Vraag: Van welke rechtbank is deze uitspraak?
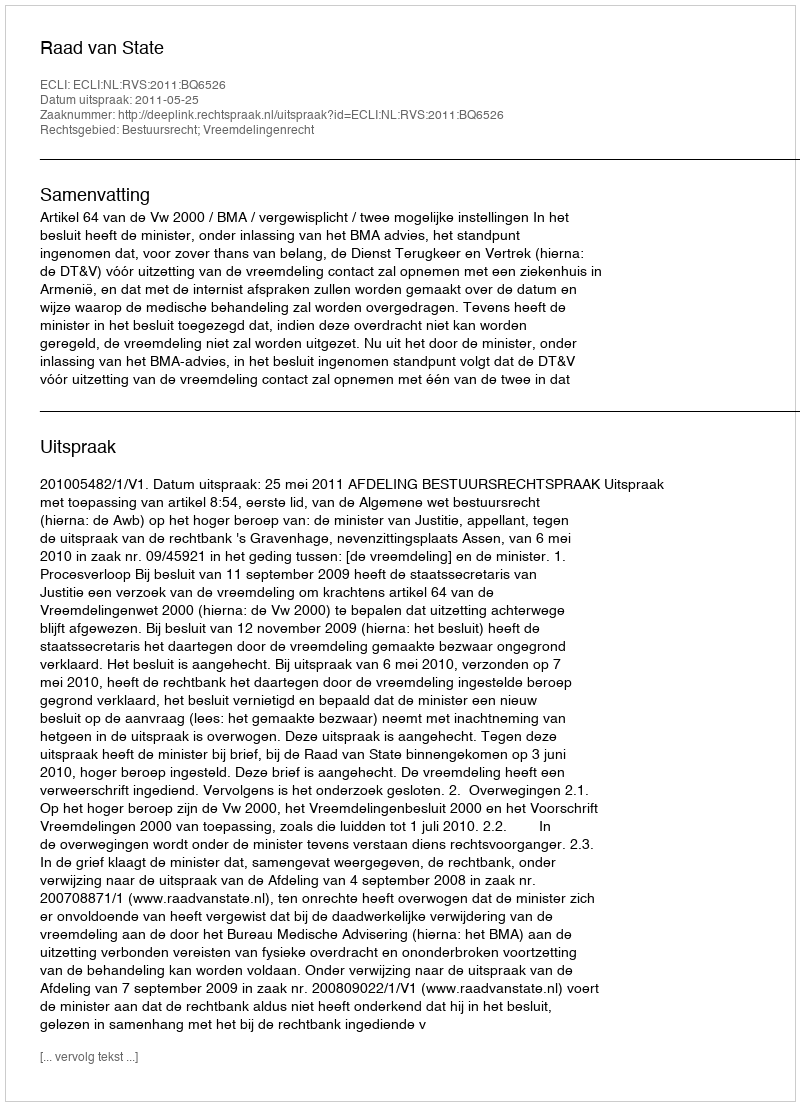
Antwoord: Raad van State